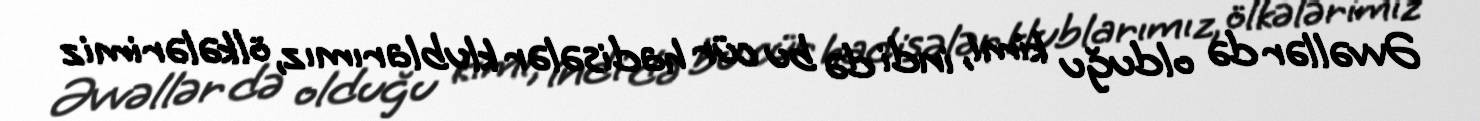
Əvvəllər də olduğu kimi, indi də bu cür hadisələr klublarımız, ölkələrimiz